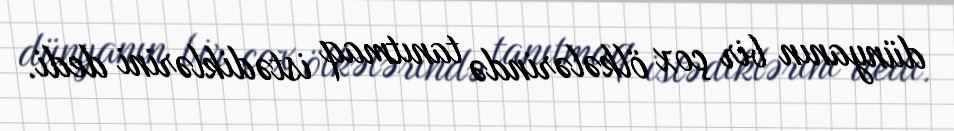
dünyanın bir çox ölkələrində tanıtmaq istədiklərini dedi.